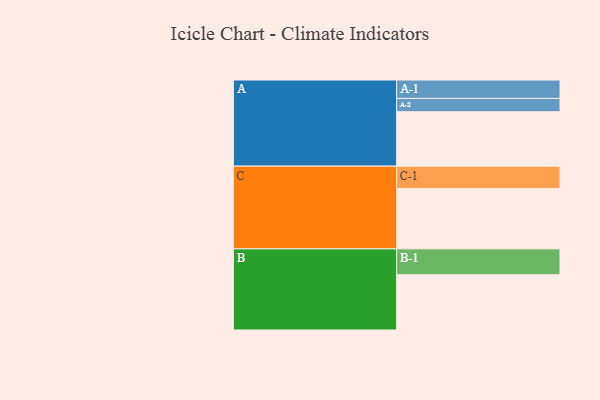
{"axis": {"x": "Segment", "y": "Value"}, "legend": ["", "A", "B", "C"], "data": [{"x": "A", "y": 499, "type": ""}, {"x": "B", "y": 507, "type": ""}, {"x": "C", "y": 553, "type": ""}, {"x": "A-1", "y": 169, "type": "A"}, {"x": "A-2", "y": 122, "type": "A"}, {"x": "B-1", "y": 237, "type": "B"}, {"x": "C-1", "y": 205, "type": "C"}]}